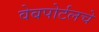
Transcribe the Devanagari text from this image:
वेबपोर्टलचे